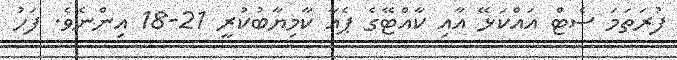
ފުރަތަމަ ސެޓް އައްކަޅޭ އާއި ކާއްޓޭގެ ޕެއާ ކާމިޔާބުކުރީ 21-18 އިންނެވެ. ފަހު